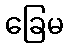
ခြေမ